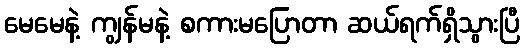
မေမေနဲ့ ကျွန်မနဲ့ စကားမပြောတာ ဆယ်ရက်ရှိသွားပြီ